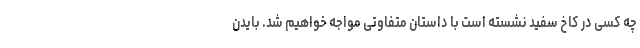
چه کسی در کاخ سفید نشسته است با داستان متفاوتی مواجه خواهیم شد. بایدن